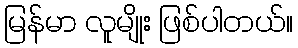
မြန်မာ လူမျိုး ဖြစ်ပါတယ်။